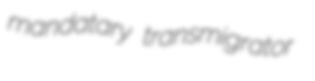
mandatary transmigrator